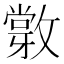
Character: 𢿽